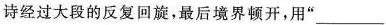
诗经过大段的反复回旋，最后境界顿开，用“___